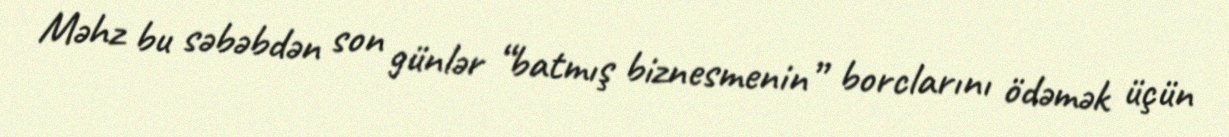
Məhz bu səbəbdən son günlər “batmış biznesmenin” borclarını ödəmək üçün